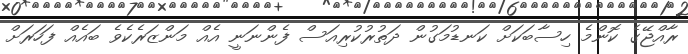
ރާއްޖޭގެ ކޮންމެ ހިސާބަކަށް ކަނޑުމަގުން ދަތުރުކުރިއަސް ފެންނަނީ އެއް މަންޒަރެކެވެ ބައެއް ފަހަރަށް